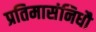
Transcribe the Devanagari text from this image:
प्रतिमासंनिधौ